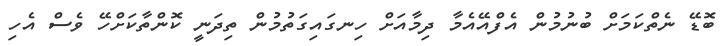
ބޮޑޭ ނެތްކަމަށް ބުނުމުން އެފްއޭއެމާ ދިމާއަށް ހިނގައިގަތުމުން ތިދަނީ ކޮންތާކަށްހޭ ވެސް އެހި